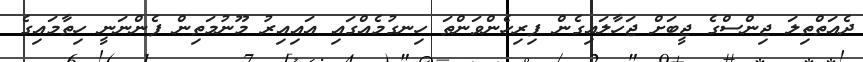
ދެއަތްތިލަ ޖިންސްގެ ޖީބަށް ޖަހާލައިގެން ފިރިހެންވަންތަ ހިނގުމެއްގައި އައިއިރު މޫނުމަތިން ފެންނަނީ ހިތާމައިގެ